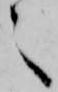
之